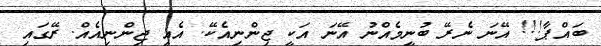
ބައްޕާ!!! އޭނަ ނެރޭ ބުނީމެއްނު އޭނަ އަކީ ޖިންނިއެކޭ. އެއީ ޖިންނިއެއް. ރޭގައި